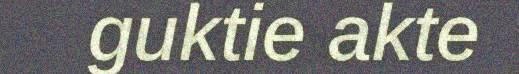
guktie akte